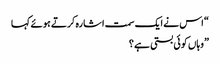
“ اس نے ایک سمت اشارہ کرتے ہوئے کہا
” وہاں کوئی بستی ہے ؟